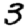
Digit: 3